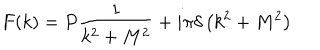
F ( k ) = P \frac { 1 } { k ^ { 2 } + M ^ { 2 } } + i \pi \delta \left( k ^ { 2 } + M ^ { 2 } \right)